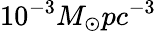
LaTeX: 10^{-3}M_{\odot}pc^{-3}